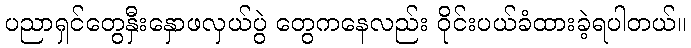
ပညာရှင်တွေနှီးနှောဖလှယ်ပွဲ တွေကနေလည်း ဝိုင်းပယ်ခံထားခဲ့ရပါတယ်။